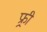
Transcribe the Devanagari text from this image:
फ्र्र्र्री